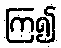
ကြ၍